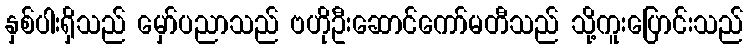
နှစ်ပါးရှိသည် မှော်ပညာသည် ဗဟိုဦးဆောင်ကော်မတီသည် သို့ကူးပြောင်းသည်